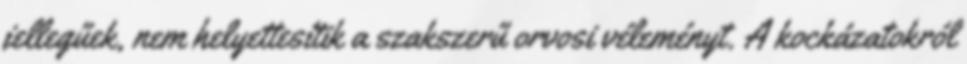
jellegűek, nem helyettesítik a szakszerű orvosi véleményt. A kockázatokról